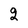
Character: 2